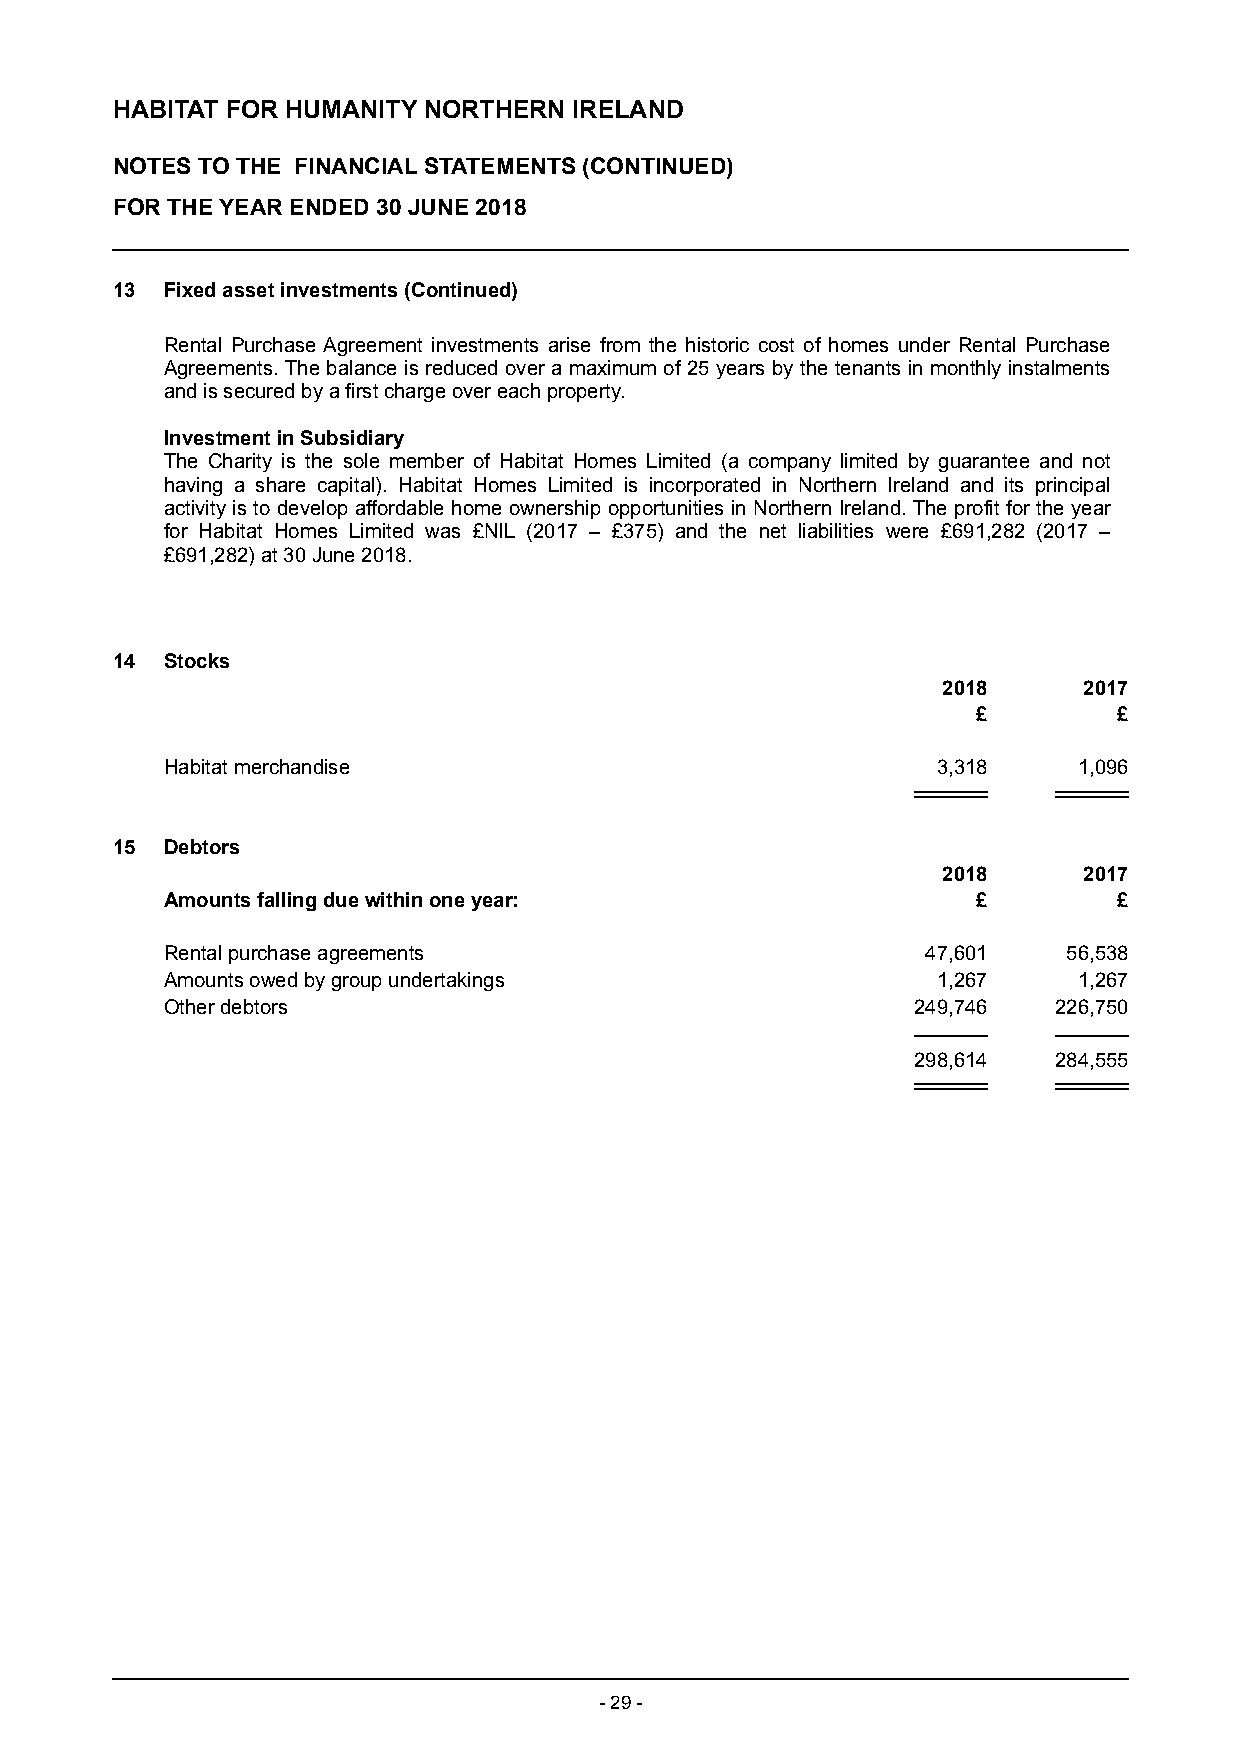
HABITAT FOR HUMANITY NORTHERN  IRELAND
 NOTES TO THE FINANCIAL STATEMENTS (CONTINUED)
 FOR THE YEAR ENDED 30 JUNE 2018
 13  Fixed asset investments (Continued)
 Rental Purchase Agreement investments arise from the historic cost of homes under Rental Purchase
 A greements. The balance is reduced over a maximum of 25 years by the tenants in monthly instalments
 a nd is secured by a first charge over each property.
 Investment in Subsidiary
 The Charity is the sole member of Habitat Homes Limited (a company limited by guarantee and not
 h aving a share capital). Habitat Homes Limited is incorporated in Northern Ireland and its principal
 activity i s to develop affordable home ownership opportunities in Northern Ireland. The profit for the year
 for H abitat Homes Limited was £N IL (2017 – £37 5) and the net liabilities were £691,282 (2017 –
 £ 691,2 82) at 30 June 2018 .
 14  Stocks
 2018      2017
 £        £
 Habitat merchandise                                3,318    1,096
 15  Debtors
 2018      2017
 Amounts falling due within one year:                  £        £
 Rental purchase agreements                        47,601    56,538
 Amounts owed by group undertakings                 1,267    1,267
 Other debtors                                    249,746   226,750
 298,614   284,555
 - 29 -